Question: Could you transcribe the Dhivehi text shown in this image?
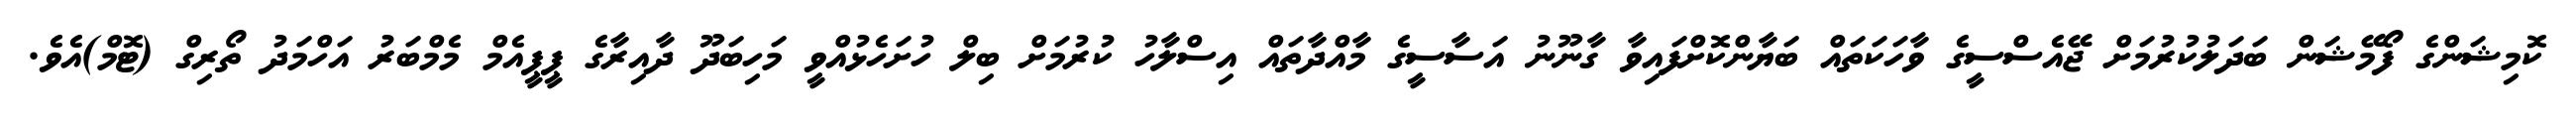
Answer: ކޮމިޝަންގެ ފޯމޭޝަން ބަދަލުކުރުމަށް ޖޭއެސްސީގެ ވާހަކަތައް ބަޔާންކޮށްފައިވާ ގާނޫނު އަސާސީގެ މާއްދާތައް އިސްލާހު ކުރުމަށް ބިލް ހުށަހެޅުއްވީ މަހިބަދޫ ދާއިރާގެ ޕީޕީއެމް މެމްބަރު އަހްމަދު ތޯރިގް (ޓޮމް)އެވެ.